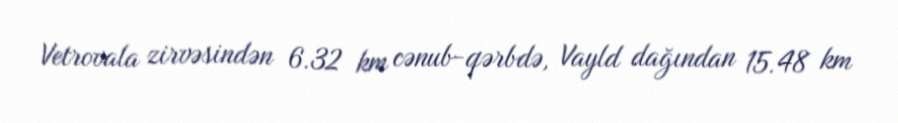
Vetrovala zirvəsindən 6.32 km cənub-qərbdə, Vayld dağından 15.48 km